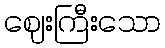
ဈေးကြီးသော